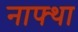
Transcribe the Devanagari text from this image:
नाफ्था